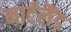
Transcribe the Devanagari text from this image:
मार्टलैंड